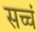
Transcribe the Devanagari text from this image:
सच्चं